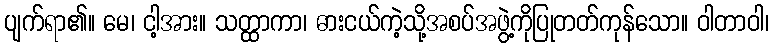
ပျက်ရာ၏။ မေ၊ ငါ့အား။ သတ္ထာကာ၊ ဓားငယ်ကဲ့သို့အစပ်အဖွဲ့ကိုပြုတတ်ကုန်သော။ ဝါတာဝါ၊